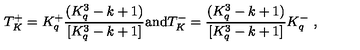
T _ { K } ^ { + } = K _ { q } ^ { + } \frac { ( K _ { q } ^ { 3 } - k + 1 ) } { [ K _ { q } ^ { 3 } - k + 1 ] } \mathrm { a n d } T _ { K } ^ { - } = \frac { ( K _ { q } ^ { 3 } - k + 1 ) } { [ K _ { q } ^ { 3 } - k + 1 ] } K _ { q } ^ { - } \ ,